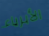
الأبرياء